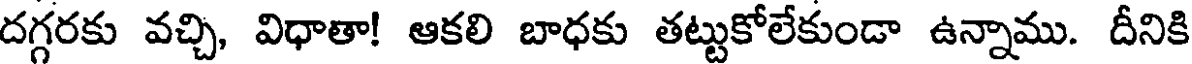
దగ్గరకు వచ్చి, విధాతా! ఆకలి బాధకు తట్టుకోలేకుండా ఉన్నాము. దీనికి